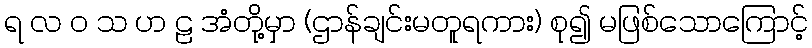
ရ လ ဝ သ ဟ ဠ အံတို့မှာ (ဌာန်ချင်းမတူရကား) စု၍ မဖြစ်သောကြောင့်